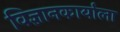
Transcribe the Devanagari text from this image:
विज्ञानकार्याला